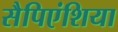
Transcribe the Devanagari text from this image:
सैपिएंशिया